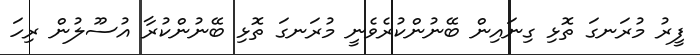
ފީރު މުރަނގަ ތޮޅި ގިނައިން ބޭނުންކުރެވެނީ މުރަނގަ ތޮޅި ބޭނުންކުރާ އުސޫލުން ރިހަ